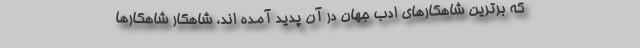
که برترین شاهکارهای ادب جهان در آن پدید آمده اند، شاهکار شاهکارها